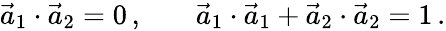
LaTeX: \begin{array}{rlr}{\vec{a}_{1}\cdot\vec{a}_{2}=0\, ,}&{{}}&{\vec{a}_{1}\cdot\vec{a}_{1}+\vec{a}_{2}\cdot\vec{a}_{2}=1\, .}\end{array}